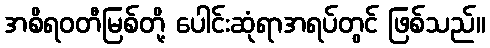
အစိရဝတီမြစ်တို့ ပေါင်းဆုံရာအရပ်တွင် ဖြစ်သည်။